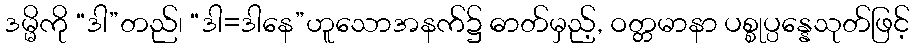
ဒမ္မိကို “ဒါ”တည်၊ “ဒါ=ဒါနေ”ဟူသောအနက်၌ ဓာတ်မှည့်, ဝတ္တမာနာ ပစ္စုပ္ပန္နေသုတ်ဖြင့်